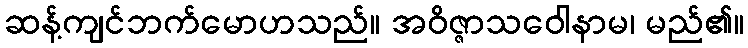
ဆန့်ကျင်ဘက်မောဟသည်။ အဝိဇ္ဇာသဝေါနာမ၊ မည်၏။